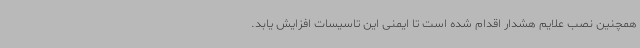
همچنین نصب علایم هشدار اقدام شده است تا ایمنی این تاسیسات افزایش یابد.